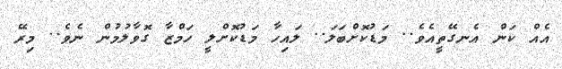
އެއް ކަން އެނގޭތީއެވެ.. މަޑުކޮށްބަލަ.. ލައިހާ މަޑުކޮށްލީ ހަމްޒާ ގޮވާލުމުން ނެވެ.. މިރޭ